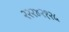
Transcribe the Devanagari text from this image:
२२२४२१२५